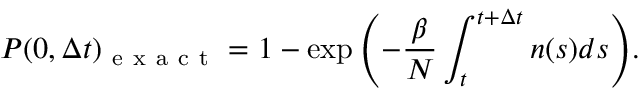
P ( 0 , \Delta t ) _ { \mathrm { ~ e ~ x ~ a ~ c ~ t ~ } } = 1 - \exp { \left( - \frac { \beta } { N } \int _ { t } ^ { t + \Delta t } n ( s ) d s \right) } .